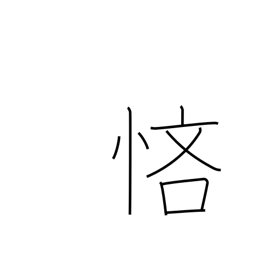
Meaning: stingy